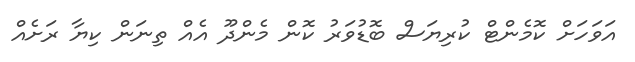
އަވަހަށް ކޮމެންޓް ކުރިޔަސް ބޮޑުވަރު ކޮން މެންދޫ އެއް ތިނަން ކިޔާ ރަށެއް